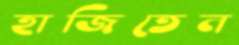
হাজিতেন